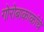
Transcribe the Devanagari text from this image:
गोरोबाकाकांचे